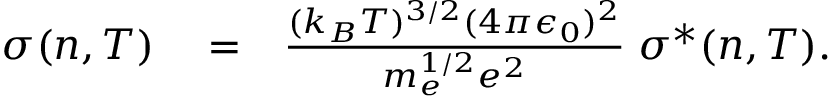
\begin{array} { r l r } { \sigma ( n , T ) } & { { } = } & { \frac { ( k _ { B } T ) ^ { 3 / 2 } ( 4 \pi \epsilon _ { 0 } ) ^ { 2 } } { m _ { e } ^ { 1 / 2 } e ^ { 2 } } \; \sigma ^ { * } ( n , T ) . } \end{array}